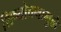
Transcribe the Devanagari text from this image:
शिष्योत्तमामुळे